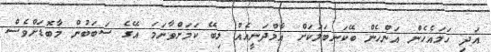
އަދި ހަމައެހެން އަންހެން ބޭކަނބަލަކަށް އާމްދަނީއެއް ލިބޭ ކަމަށްވާނަމަ އޭގެ ސަބަބުން މާބޮޑަށްވެސް